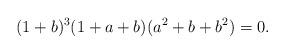
LaTeX: \begin{align*}(1+b)^3(1+a+b)(a^2+b+b^2)=0.\end{align*}